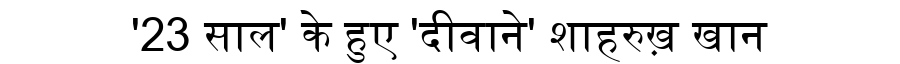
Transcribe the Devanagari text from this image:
'23 साल' के हुए 'दीवाने' शाहरुख़ खान